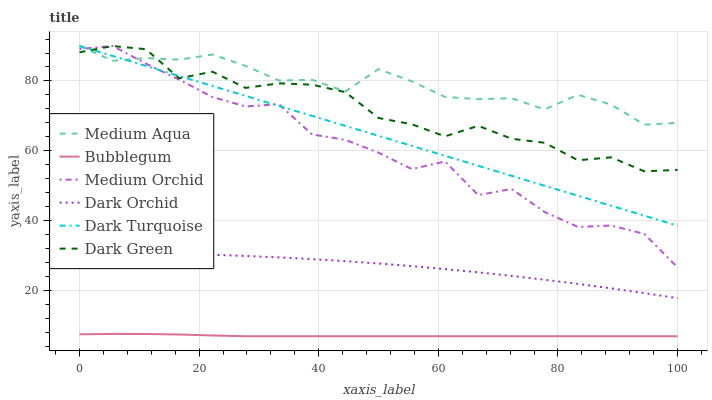
| xaxis_label | Medium Aqua | Bubblegum | Medium Orchid | Dark Orchid | Dark Turquoise | Dark Green |
 | --- | --- | --- | --- | --- | --- | --- |
 | 0 | 90 | 7.56 | 89.2 | 30.7 | 90 | 88.2 |
 | 5.56 | 85.8 | 7.66 | 90 | 30.7 | 87.1 | 90 |
 | 11.1 | 86.5 | 7.64 | 85 | 30.7 | 84.3 | 89.1 |
 | 16.7 | 86.1 | 7.5 | 80.4 | 30.5 | 81.4 | 80.8 |
 | 22.2 | 87.6 | 7.22 | 75.4 | 30.3 | 78.6 | 82.7 |
 | 27.8 | 84.3 | 7 | 72.7 | 30 | 75.7 | 78 |
 | 33.3 | 80.1 | 7 | 73.4 | 29.6 | 72.9 | 79.3 |
 | 38.9 | 80.3 | 7 | 64.7 | 29.1 | 70 | 78.9 |
 | 44.4 | 77 | 7 | 63.2 | 28.5 | 67.2 | 76.8 |
 | 50 | 83.4 | 7 | 59.5 | 27.8 | 64.3 | 69.4 |
 | 55.6 | 79.9 | 7 | 54.8 | 27 | 61.5 | 67.6 |
 | 61.1 | 75.5 | 7 | 57 | 26.2 | 58.6 | 64.2 |
 | 66.7 | 74.8 | 7 | 47.4 | 25.3 | 55.7 | 67.2 |
 | 72.2 | 75.1 | 7 | 49.1 | 24.3 | 52.9 | 63.5 |
 | 77.8 | 71.9 | 7 | 42.5 | 23.2 | 50 | 62.3 |
 | 83.3 | 76 | 7 | 38.3 | 22 | 47.2 | 57.3 |
 | 88.9 | 73.3 | 7 | 38.7 | 20.7 | 44.3 | 58.2 |
 | 94.4 | 67.5 | 7 | 36.3 | 19.3 | 41.5 | 54.2 |
 | 100 | 68 | 7 | 26.7 | 17.9 | 38.6 | 54.6 |